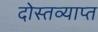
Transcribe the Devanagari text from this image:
दोस्तव्याप्त